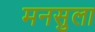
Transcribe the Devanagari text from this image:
मनसुला